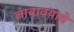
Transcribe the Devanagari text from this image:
लावावयाचे